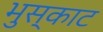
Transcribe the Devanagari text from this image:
भुस्काट